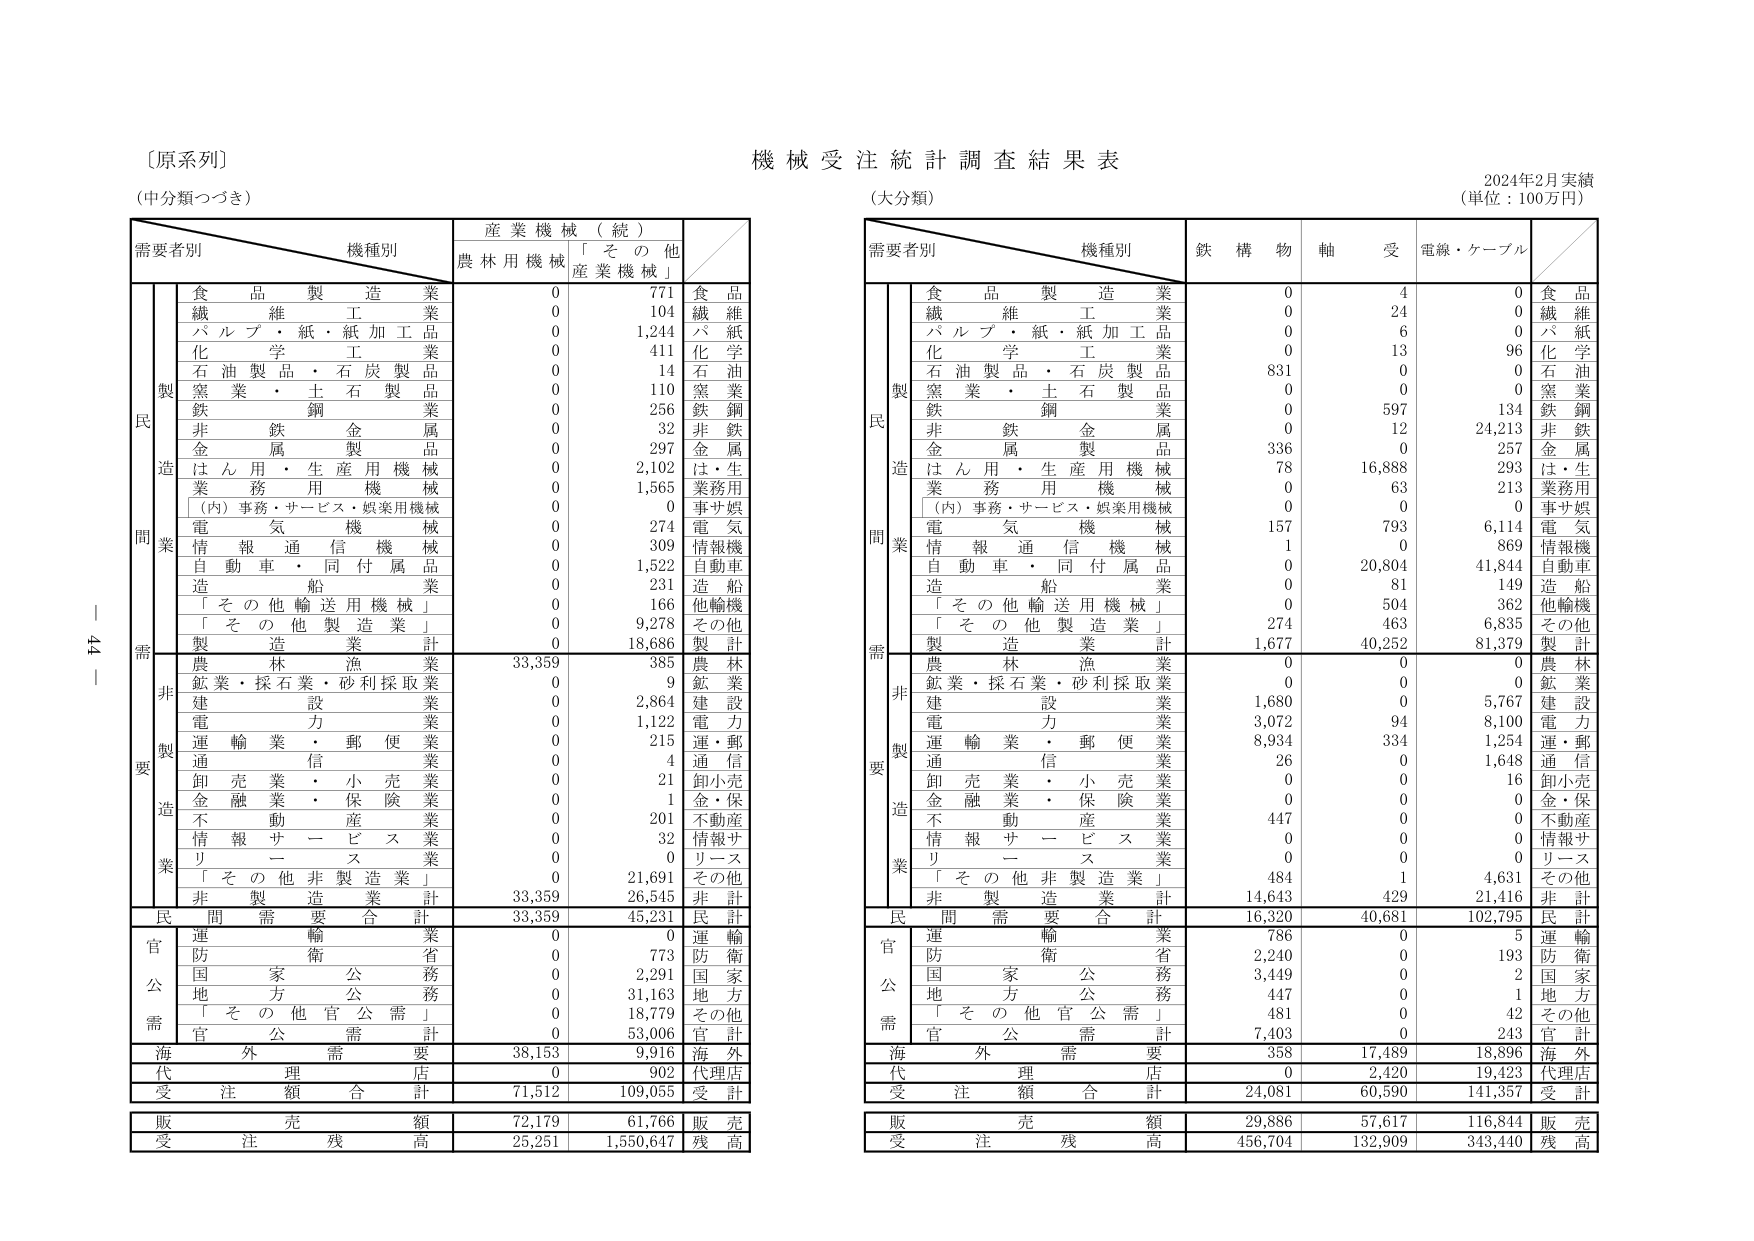
〔原系列〕
（中分類つづき）

需要者別　機種別　産業機械（続）
　　　　　　　　　　農林用機械　「その他産業機械」